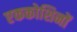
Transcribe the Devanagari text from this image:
एककोशिनों